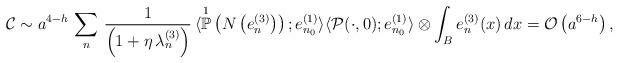
LaTeX: \begin{align*}\mathcal{C} \sim a^{4-h} \, \sum_{n} \, \frac{1}{\left( 1 + \eta \, \lambda_{n}^{(3)} \right)} \, \langle \overset{1}{\mathbb{P}}\left(N\left(e_{n}^{(3)}\right)\right) ; e^{(1)}_{n_{0}} \rangle \langle \mathcal{P}(\cdot,0); e^{(1)}_{n_0} \rangle \otimes \int_{B} e^{(3)}_{n}(x) \, dx = \mathcal{O}\left( a^{6-h} \right),\end{align*}